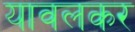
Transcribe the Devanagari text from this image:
यावलकर